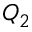
Q _ { 2 }